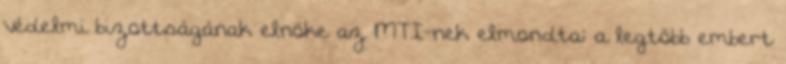
védelmi bizottságának elnöke az MTI-nek elmondta: a legtöbb embert